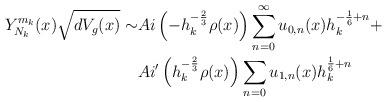
LaTeX: \begin{align*}\begin{aligned} Y^{m_k}_{N_k}(x) \sqrt{dV_g(x)} \sim& Ai\left(-h_k^{-\frac{2}{3}} \rho(x) \right) \sum_{n = 0}^\infty u_{0,n}(x) h_k^{-{\frac{1}{6}} + n} + \\ & Ai'\left(h_k^{-\frac{2}{3}} \rho(x)\right)\sum_{n = 0} u_{1,n}(x) h_k^{\frac{1}{6}+n} \end{aligned}\end{align*}